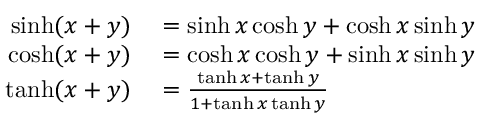
\begin{array} { r l } { \sinh ( x + y ) } & { { } = \sinh x \cosh y + \cosh x \sinh y } \\ { \cosh ( x + y ) } & { { } = \cosh x \cosh y + \sinh x \sinh y } \\ { \operatorname { t a n h } ( x + y ) } & { { } = { \frac { \operatorname { t a n h } x + \operatorname { t a n h } y } { 1 + \operatorname { t a n h } x \operatorname { t a n h } y } } } \end{array}